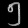
Digit: ၅